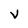
Character: V